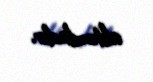
altındadır.